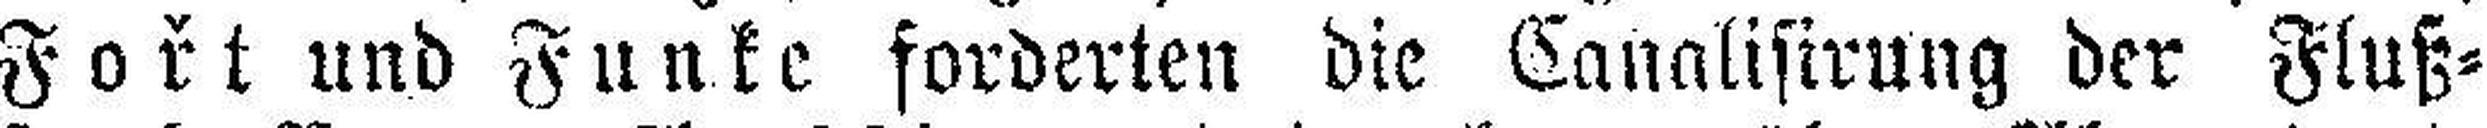
Fořt und Funke forderten die Canalisirung der Fluß¬